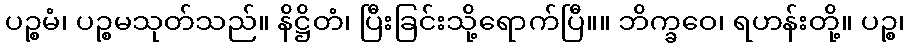
ပဉ္စမံ၊ ပဉ္စမသုတ်သည်။ နိဋ္ဌိတံ၊ ပြီးခြင်းသို့ရောက်ပြီ။။ ဘိက္ခဝေ၊ ရဟန်းတို့။ ပဉ္စ၊